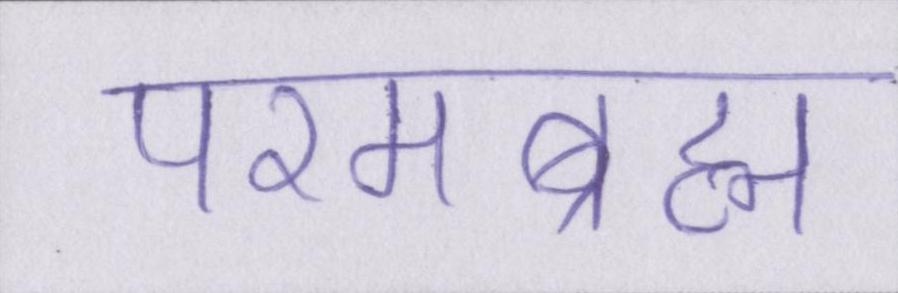
परमब्रह्म